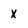
Character: x